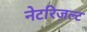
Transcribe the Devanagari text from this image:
नेटरिज़ल्ट